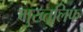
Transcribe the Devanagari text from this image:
मुख्तलिफ